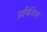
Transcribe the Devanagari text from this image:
प्राविंशिल